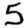
Digit: 5